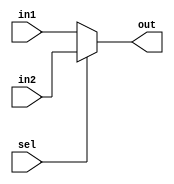
module Mux_1_2
#(
    parameter WIDTH = 32
) (
    input [WIDTH - 1 : 0] in1, in2,
    input sel,
    output [WIDTH - 1 : 0] out
);
    reg [WIDTH - 1 : 0] out_t;
    always @(*) begin
        if (sel == 0) out_t = in1;
        else out_t = in2;
    end
    assign out = out_t;
endmodule